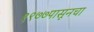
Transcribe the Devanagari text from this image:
१९७७पासूनचा